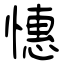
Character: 憓